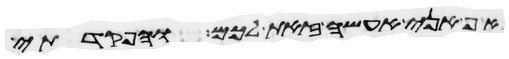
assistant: אף אני אעשה זאת לכם והפקדתי